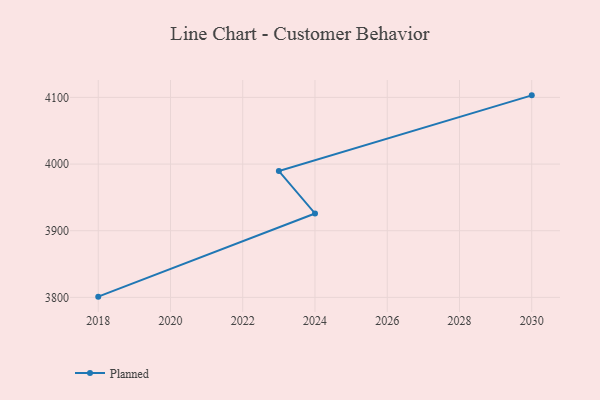
{"axis": {"x": "Year", "y": "Active Users"}, "legend": ["Planned"], "data": [{"x": "2018", "y": 3801.1, "type": "Planned"}, {"x": "2024", "y": 3925.9, "type": "Planned"}, {"x": "2023", "y": 3989.5, "type": "Planned"}, {"x": "2030", "y": 4103.1, "type": "Planned"}]}